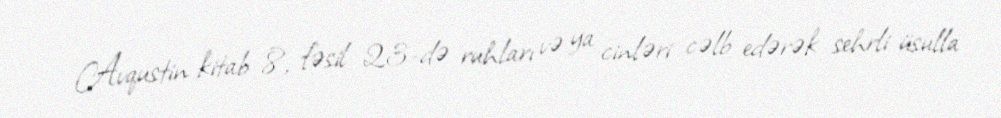
Avqustin kitab 8, fəsil 23-də ruhları və ya cinləri cəlb edərək sehrli üsulla